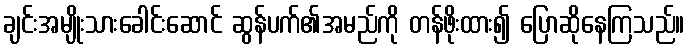
ချင်းအမျိုးသားခေါင်းဆောင် ဆွန်ပက်၏အမည်ကို တန်ဖိုးထား၍ ပြောဆိုနေကြသည်။